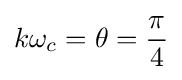
k\omega _{c}=\theta ={\pi  \over 4}